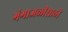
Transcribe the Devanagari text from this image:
गंगाजळीसाठी